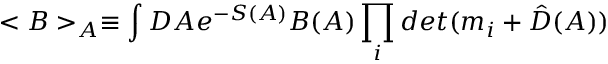
< B > _ { A } \equiv \int D A e ^ { - S ( A ) } B ( A ) \prod _ { i } d e t ( m _ { i } + \hat { D } ( A ) )